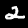
Label: 2